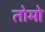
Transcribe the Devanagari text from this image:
तोमो